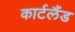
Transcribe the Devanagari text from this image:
कार्टलैंड